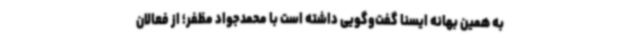
به همین بهانه ایسنا گفت‌وگویی داشته است با محمدجواد مظفر؛ از فعالان